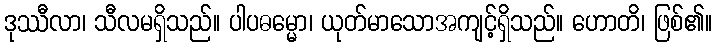
ဒုဿီလာ၊ သီလမရှိသည်။ ပါပဓမ္မော၊ ယုတ်မာသောအကျင့်ရှိသည်။ ဟောတိ၊ ဖြစ်၏။